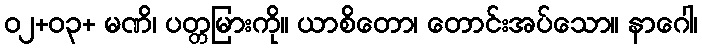
၀၂+၀၃+ မဏိ၊ ပတ္တမြားကို။ ယာစိတော၊ တောင်းအပ်သော။ နာဂေါ၊